Lunatic asylums in Bengal annual reports 1888-1898 - 1888-1898
Year: 1888
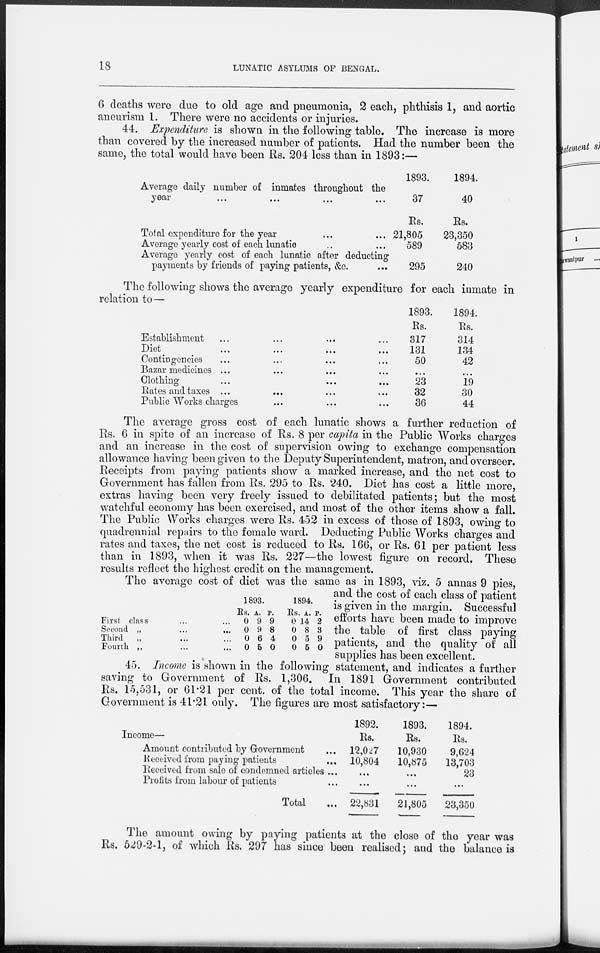
18
LUNATIC ASYLUMS OF BENGAL.
6 deaths were due to old age and pneumonia, 2 each, phthisis 1, and aortic
aneurism 1. There were no accidents or injuries.
44. Expenditure is shown in the following table. The increase is more
than covered by the increased number of patients. Had the number been the
same, the total would have been Rs. 204 less than in 1893:—
Average daily number of inmates throughout the
year
...
...
...
...
Total expenditure for the year ... ...
Average yearly cost of each lunatic ... ...
Average yearly cost of each lunatic after deducting
payments by friends of paying patients, &c.
...
1893.
37
Rs.
21,805
589
295
1894.
40
Rs.
23,350
583
240
The following shows the average yearly expenditure for each inmate in
relation to—
Establishment ... ... ... ...
Dite
...
...
...
...
Contingencies ... ... ... ...
Bazar medicines ... ... ... ...
Clothing
...
...
...
...
Rates and taxes ... ... ... ...
Public Works charges ... ... ...
1893.
Rs.
317
131
50
...
23
32
36
1894.
Rs.
314
134
42
...
19
30
44
The average gross cost of each lunatic shows a further reduction of
Rs. 6 in spite of an increase of Rs. 8 per capita in the Public Works charges
and an increase in the cost of supervision owing to exchange compensation
allowance having been given to the Deputy Superintendent, matron, and overseer.
Receipts from paying patients show a marked increase, and the net cost to
Government has fallen from Rs. 295 to Rs. 240. Diet has cost a little more,
extras having been very freely issued to debilitated patients; but the most
watchful economy has been exercised, and most of the other items show a fall.
The Public Works charges were Rs. 452 in excess of those of 1893, owing to
quadrennial repairs to the female ward. Deducting Public Works charges and
rates and taxes, the net cost is reduced to Rs. 166, or Rs. 61 per patient less
than in 1893, when it was Rs. 227—the lowest figure on record. These
results reflect the highest credit on the management.
First class ... ...
Second „ ... ...
Third
„ ... ...
Fourth „ ... ...
1893.
Rs.
0
0
0
0
A.
9
9
6
5
P.
9
8
4
0
1894.
Rs.
0
0
0
0
A.
14
8
5
5
P.
2
3
9
0
The average cost of diet was the same as in 1893, viz. 5 annas 9 pies,
and the cost of each class of patient
is given in the margin. Successful
efforts have been made to improve
the table of first class paying
patients, and the quality of all
supplies has been excellent.
45. Income is shown in the following statement, and indicates a further
saving to Government of Rs. 1,306. In 1891 Government contributed
Rs. 15,531, or 61.21 per cent. of the total income. This year the share of
Government is 41.21 only. The figures are most satisfactory:—
Income—
Amount contributed by Government ...
Received from paying patients ...
Received from sale of condemned articles ...
Profits from labour of patients ...
Total ...
1892.
Rs.
12,027
10,804
...
...
22,831
1893.
Rs.
10,930
10,875
...
...
21,805
1894.
Rs.
9,624
13,703
23
...
23,350
The amount owing by paying patients at the close of the year was
Rs. 529-2-1, of which Rs. 297 has since been realised; and the balance is